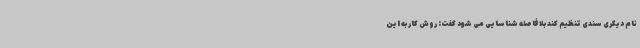
نام دیگری سندی تنظیم کند بلافاصله شناسایی می شود گفت: روش کار به این